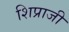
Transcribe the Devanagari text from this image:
शिप्राजी